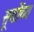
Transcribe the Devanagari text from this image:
सूर्योच्य